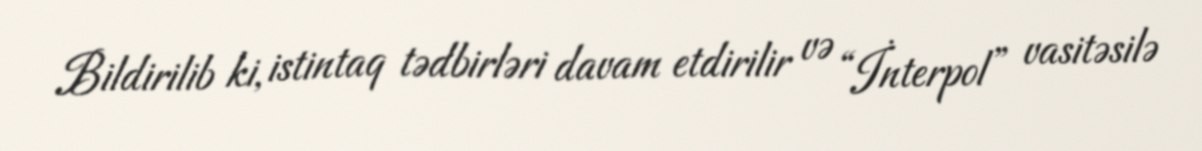
Bildirilib ki, istintaq tədbirləri davam etdirilir və “İnterpol” vasitəsilə